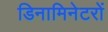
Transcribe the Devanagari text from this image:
डिनामिनेटरों